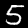
Label: 5